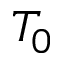
T _ { 0 }